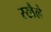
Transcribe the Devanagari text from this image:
रखैले